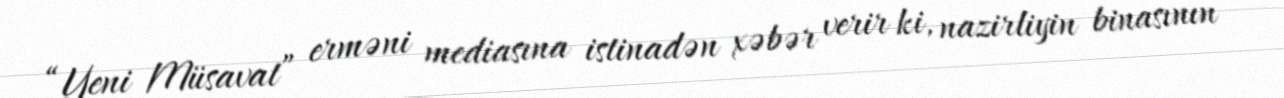
“Yeni Müsavat” erməni mediasına istinadən xəbər verir ki, nazirliyin binasının